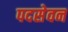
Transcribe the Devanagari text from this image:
पदसेवन